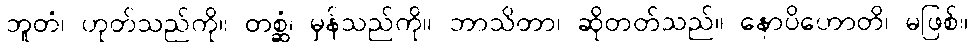
ဘူတံ၊ ဟုတ်သည်ကို။ တစ္ဆံ၊ မှန်သည်ကို။ ဘာသိတာ၊ ဆိုတတ်သည်။ နောပိဟောတိ၊ မဖြစ်။